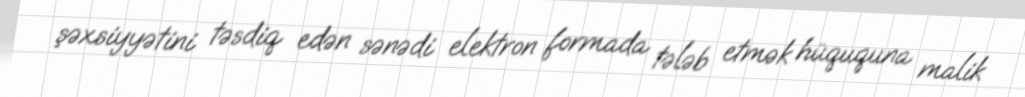
şəxsiyyətini təsdiq edən sənədi elektron formada tələb etmək hüququna malik